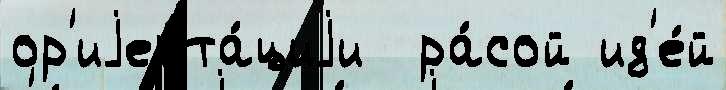
ор'иjента́циjи  ра́сой ид'е́й